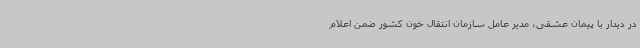
در دیدار با پیمان عشقی، مدیر عامل سازمان انتقال خون کشور ضمن اعلام